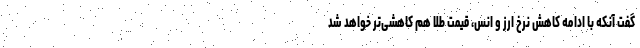
گفت آنکه با ادامه کاهش نرخ ارز و انس، قیمت طلا هم کاهشی‌تر خواهد شد